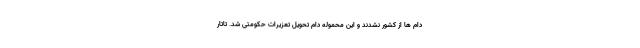
دام ها از کشور نشدند و این محموله دام تحویل تعزیرات حکومتی شد. تاتار